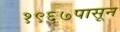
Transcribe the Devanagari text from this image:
१९६७पासून